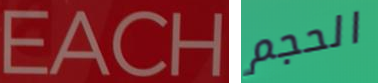
EACH الحجم